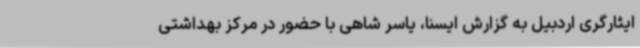
ایثارگری اردبیل به گزارش ایسنا، یاسر شاهی با حضور در مرکز بهداشتی